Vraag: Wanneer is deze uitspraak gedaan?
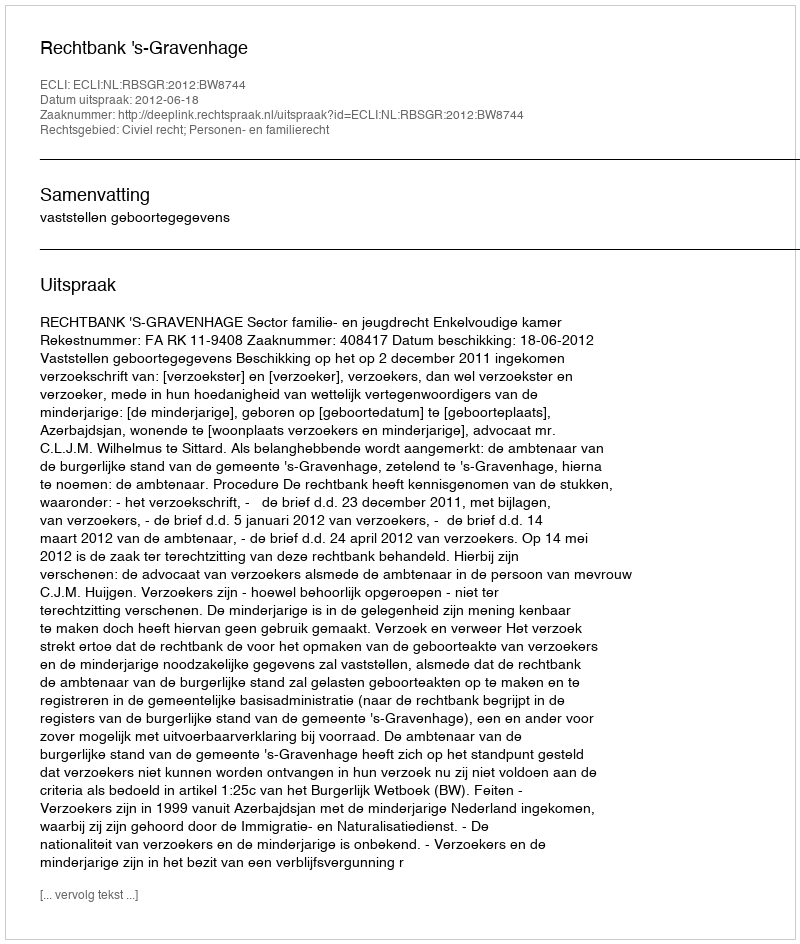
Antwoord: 2012-06-18